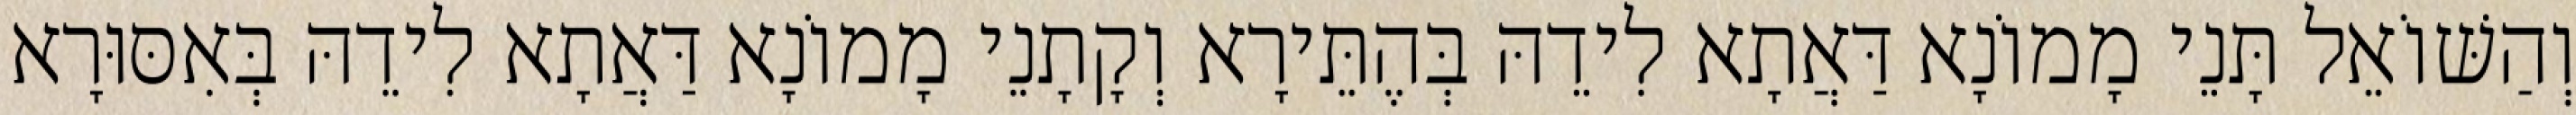
וְהַשּׁוֹאֵל תָּנֵי מָמוֹנָא דַּאֲתָא לִידֵהּ בְּהֶתֵּירָא וְקָתָנֵי מָמוֹנָא דַּאֲתָא לִידֵהּ בְּאִסּוּרָא